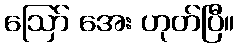
ဩော် အေး ဟုတ်ပြီ။